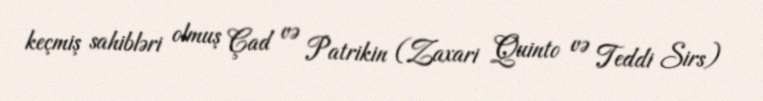
keçmiş sahibləri olmuş Çad və Patrikin (Zaxari Quinto və Teddi Sirs)